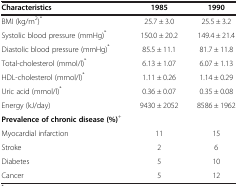
<table><thead><tr><td><b>Characteristics</b></td><td><b>1985</b></td><td><b>1990</b></td></tr></thead><tbody><tr><td>BMI (kg/m<sup>2</sup>)<sup>*</sup></td><td>25.7 ± 3.0</td><td>25.5 ± 3.2</td></tr><tr><td>Systolic blood pressure (mmHg)<sup>*</sup></td><td>150.0 ± 20.2</td><td>149.4 ± 21.4</td></tr><tr><td>Diastolic blood pressure (mmHg)<sup>*</sup></td><td>85.5 ± 11.1</td><td>81.7 ± 11.8</td></tr><tr><td>Total-cholesterol (mmol/l)<sup>*</sup></td><td>6.13 ± 1.07</td><td>6.07 ± 1.13</td></tr><tr><td>HDL-cholesterol (mmol/l)<sup>*</sup></td><td>1.11 ± 0.26</td><td>1.14 ± 0.29</td></tr><tr><td>Uric acid (mmol/l)<sup>*</sup></td><td>0.36 ± 0.07</td><td>0.35 ± 0.08</td></tr><tr><td>Energy (kJ/day)</td><td>9430 ± 2052</td><td>8586 ± 1962</td></tr><tr><td><b>Prevalence of chronic disease (%)</b><sup>+</sup></td><td> </td><td> </td></tr><tr><td>Myocardial infarction</td><td>11</td><td>15</td></tr><tr><td>Stroke</td><td>2</td><td>6</td></tr><tr><td>Diabetes</td><td>5</td><td>10</td></tr><tr><td>Cancer</td><td>5</td><td>12</td></tr></tbody></table>